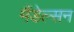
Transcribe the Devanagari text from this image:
मैंडेल्सन